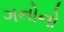
ગનોનો